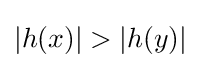
|h(x)|>|h(y)|